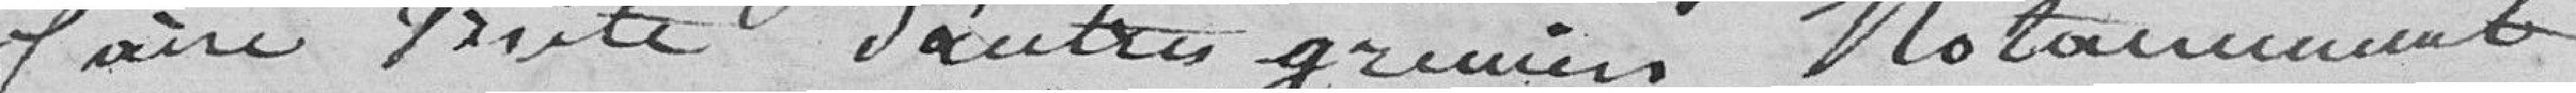
faire visite d'autres greniers notamment